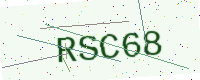
Text: RSC68